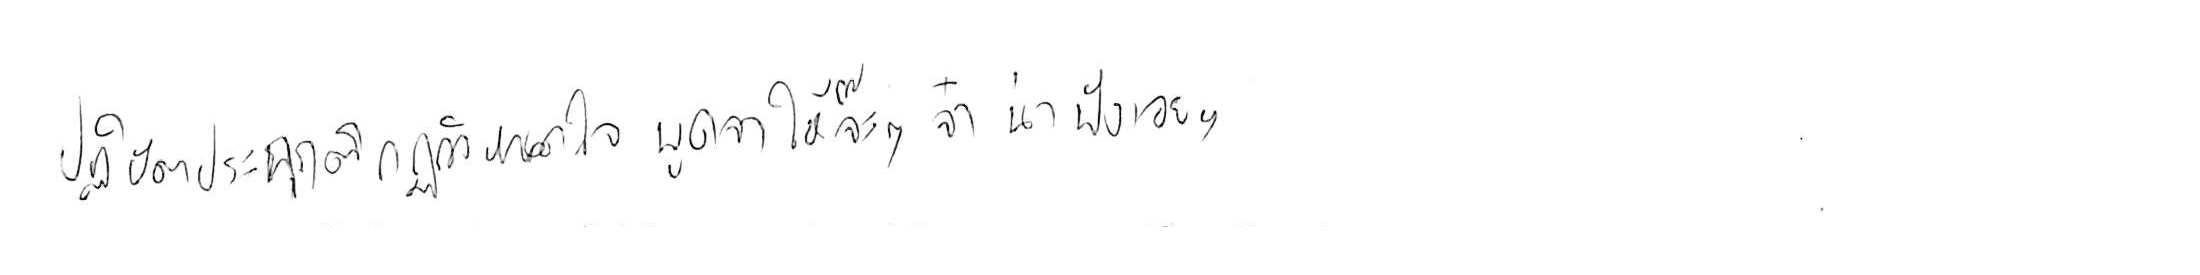
ปฏิบัติประพฤติกฎกำหนดใจ พูดจาให้จ๊ะๆ จ๋า น่าฟังเอยฯ